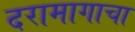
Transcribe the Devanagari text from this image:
दरामागाचा